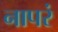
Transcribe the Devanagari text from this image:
नापरं